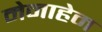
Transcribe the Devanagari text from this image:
मेनाहेम